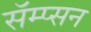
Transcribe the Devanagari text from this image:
सॅम्प्सन